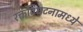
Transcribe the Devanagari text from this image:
रक्तविघटनामध्ये